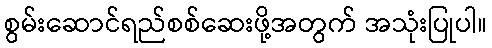
စွမ်းဆောင်ရည်စစ်ဆေးဖို့အတွက် အသုံးပြုပါ။